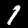
Digit: 1